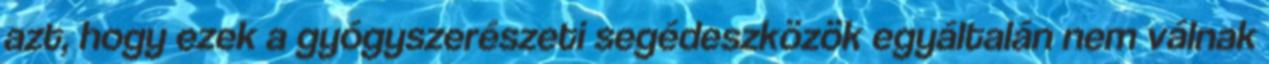
azt, hogy ezek a gyógyszerészeti segédeszközök egyáltalán nem válnak